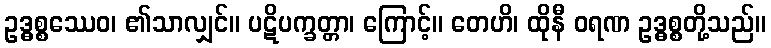
ဥဒ္ဓစ္စဿေဝ၊ ၏သာလျှင်။ ပဋိပက္ခတ္တာ၊ ကြောင့်။ တေဟိ၊ ထိုနီ ဝရဏ ဥဒ္ဓစ္စတို့သည်။